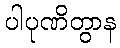
ပါပုဏိတွာန